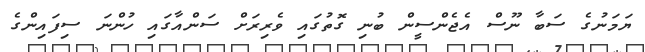
ޔަމަނުގެ ސަބާ ނޫސް އެޖެންސީން ބުނި ގޮތުގައި ވެރިރަށް ސަންއާގައި ހުންނަ ސިފައިންގެ